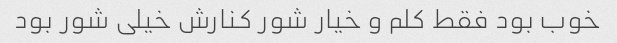
خوب بود فقط کلم و خیار شور کنارش خیلی شور بود